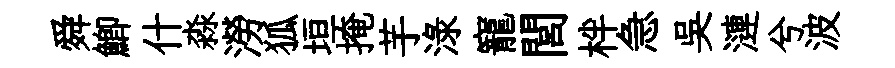
舜鯽什淼澇狐垣掩芋渌寵閭柈急吴漣兮波